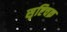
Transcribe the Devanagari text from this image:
सृष्टिचक्र